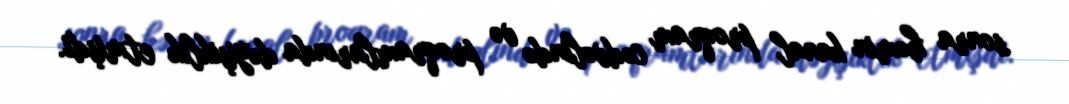
sonra həmin kanal proqram cədvəlində və proqramlarında dəyişiklik etmişdi.